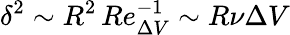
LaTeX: \delta^{2}\sim R^{2}\, Re_{\Delta V}^{-1}\sim R\nu\Delta V